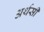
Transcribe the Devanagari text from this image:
अर्थसी